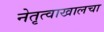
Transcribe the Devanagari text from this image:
नेतृत्वाखालचा